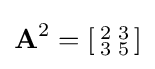
\mathbf {A} ^{2}=\left[{\begin{smallmatrix}2&3\\3&5\end{smallmatrix}}\right]